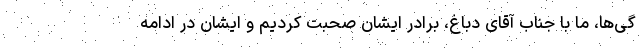
گی‌ها، ما با جناب آقای دباغ، برادر ایشان صحبت کردیم و ایشان در ادامه